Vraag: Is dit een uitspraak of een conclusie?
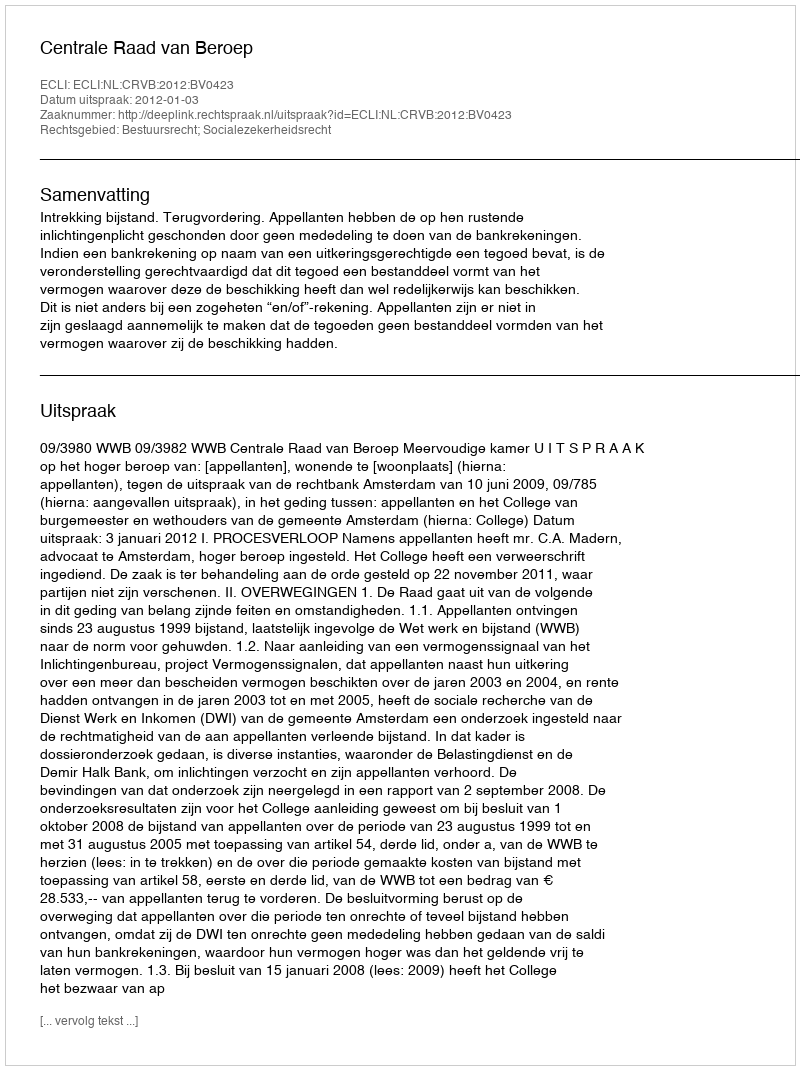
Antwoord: Uitspraak